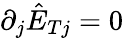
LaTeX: \partial_{j}\hat{E}_{Tj}=0